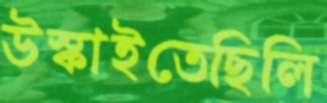
উস্‌কাইতেছিলি